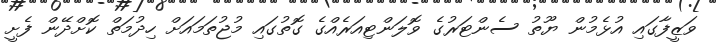
ވަޒީފާގައި އުޅެމުން ޔޫތު ސެންޓަރުގެ ވޮލަންޓިއަރެއްގެ ގޮތުގައި މުޖުތަމައަށް ހިދުމަތް ކޮށްދޭން ފެށީ